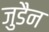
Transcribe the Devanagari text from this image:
जुडैन